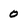
Character: 0